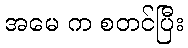
အမေ က စတင်ပြီး